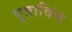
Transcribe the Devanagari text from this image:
पुत्राविण